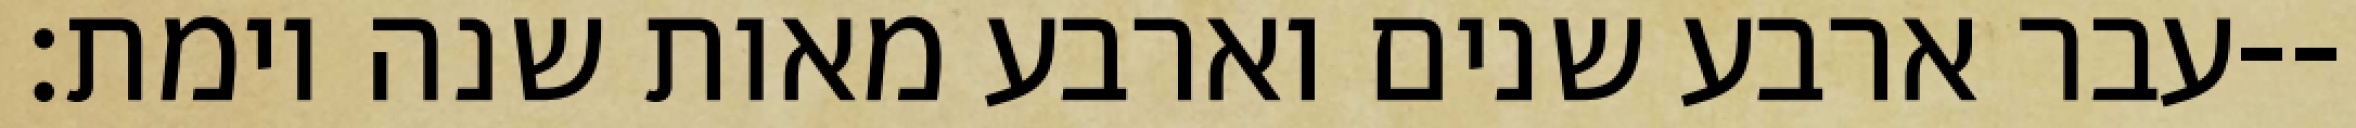
עבר ארבע שנים וארבע מאות שנה וימת׃--